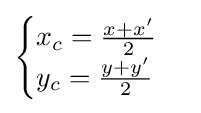
{\begin{cases}x_{c}={\frac {x+x'}{2}}\\y_{c}={\frac {y+y'}{2}}\end{cases}}